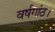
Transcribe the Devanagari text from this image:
वर्षगांठ।